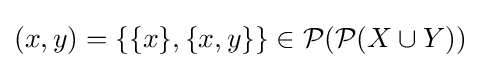
(x,y)=\{\{x\},\{x,y\}\}\in {\mathcal {P}}({\mathcal {P}}(X\cup Y))